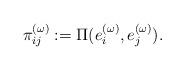
LaTeX: \begin{align*} \pi^{(\omega)}_{ij}:= \Pi( e^{(\omega)}_i,e^{(\omega)}_j ).\end{align*}